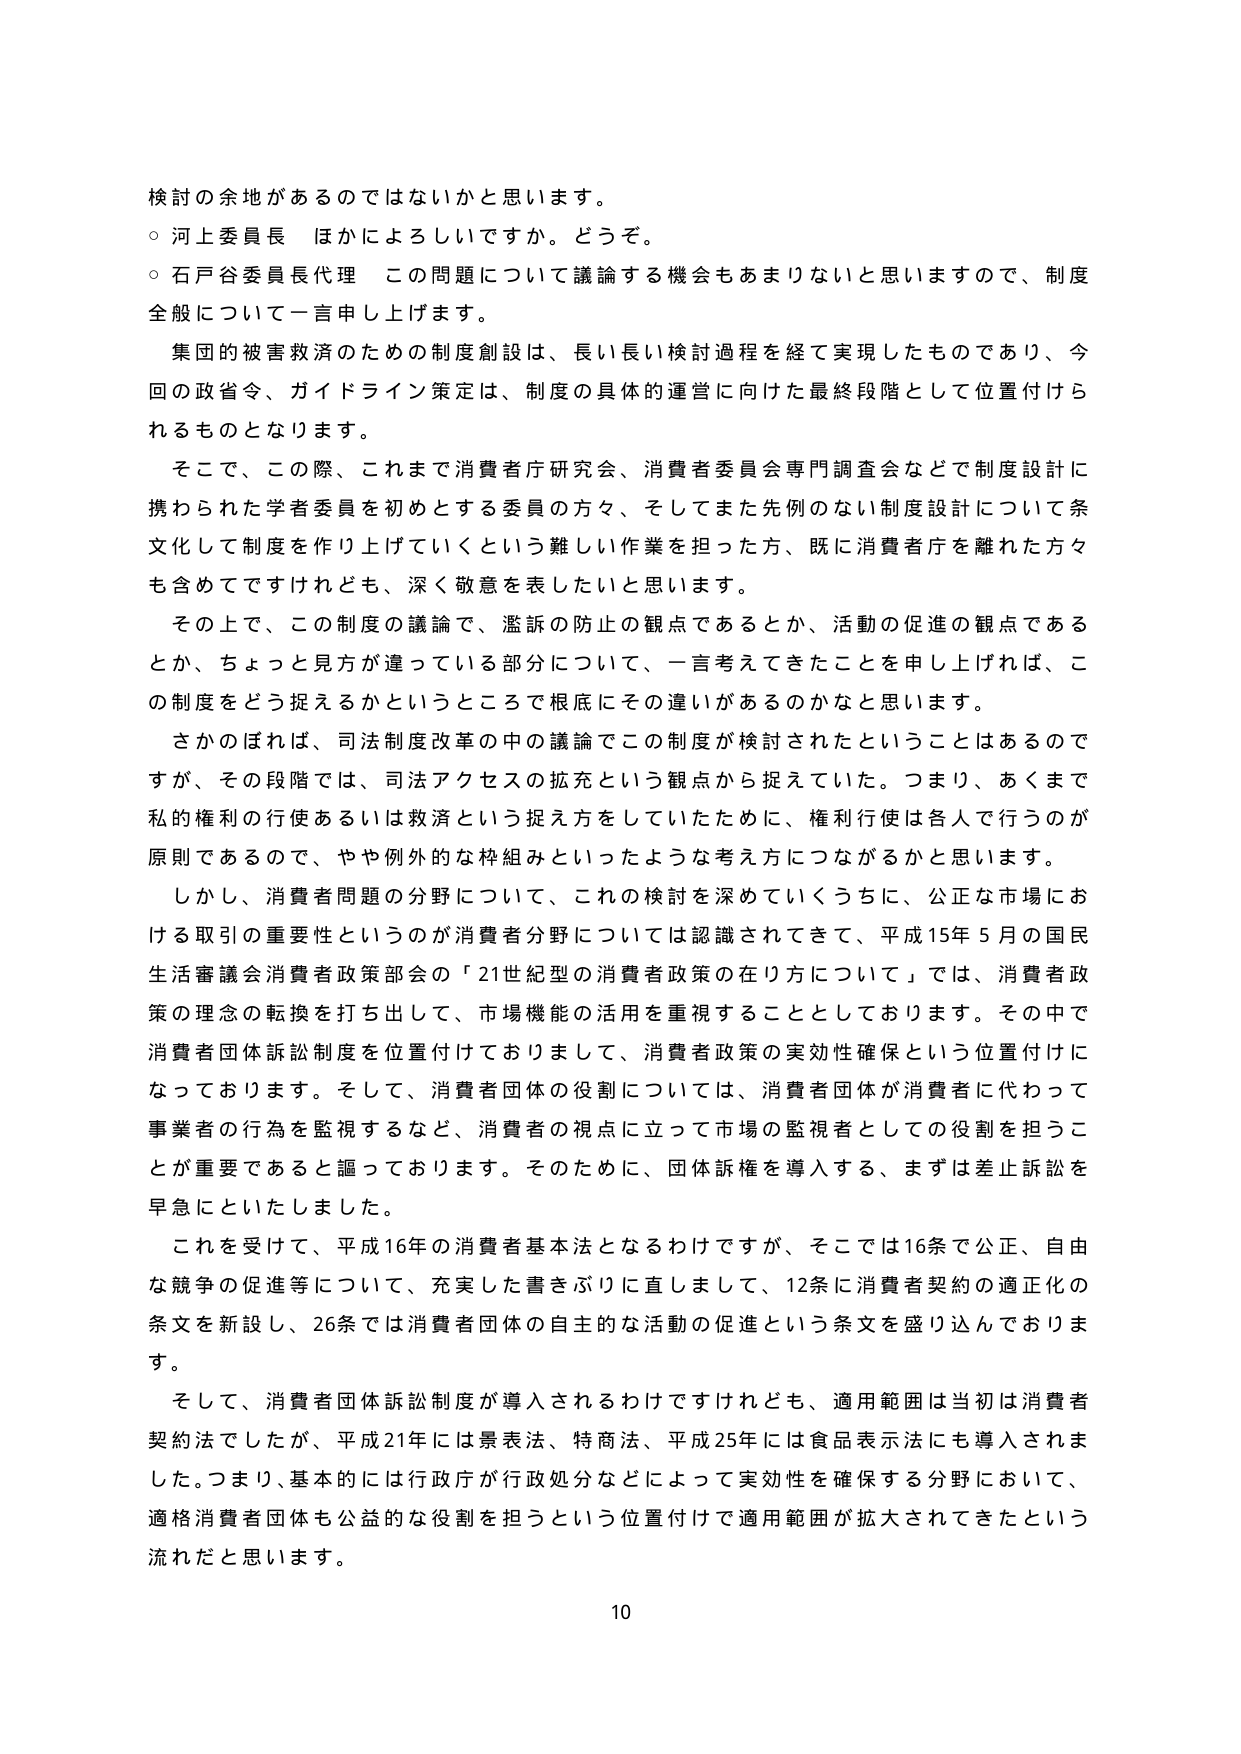
検討の余地があるのではないかと思います。
○ 河上委員長 ほかによろしいですか。どうぞ。
○ 石戸谷委員長代理 この問題について議論する機会もあまりないと思いますので、制度全般について一言申し上げます。
　集団的被害救済のための制度創設は、長い長い検討過程を経て実現したものであり、今回の政省令、ガイドライン策定は、制度の具体的運営に向けた最終段階として位置付けられるものとなります。
　そこで、この際、これまで消費者庁研究会、消費者委員会専門調査会などで制度設計に携わられた学者委員を初めとする委員の方々、そしてまた先例のない制度設計について条文化して制度を作り上げていくという難しい作業を担った方、既に消費者庁を離れた方々も含めてですけれども、深く敬意を表したいと思います。
　その上で、この制度の議論で、濫訴の防止の観点であるとか、活動の促進の観点であるとか、ちょっと見方が違っている部分について、一言考えてきたことを申し上げれば、この制度をどう捉えるかというところで根底にその違いがあるのかなと思います。
　さかのぼれば、司法制度改革の中の議論でこの制度が検討されたということはあるのですが、その段階では、司法アクセスの拡充という観点から捉えていた。つまり、あくまで私的権利の行使あるいは救済という捉え方をしていたために、権利行使は各人で行うのが原則であるので、やや例外的な枠組みといったような考え方につながるかと思います。
　しかし、消費者問題の分野について、この検討を深めていくうちに、公正な市場における取引の重要性というのが消費者分野については認識されてきて、平成15年5月の国民生活審議会消費者政策部会の「21世紀型の消費者政策の在り方について」では、消費者政策の理念の転換を打ち出して、市場機能の活用を重視することとしております。その中で消費者団体訴訟制度を位置付けておりまして、消費者政策の実効性確保という位置付けになっております。そして、消費者団体の役割については、消費者団体が消費者に代わって事業者の行為を監視するなど、消費者の視点に立って市場の監視者としての役割を担うことが重要であると謳っております。そのために、団体訴権を導入する、まずは差止訴訟を早急にといたしました。
　これを受けて、平成16年の消費者基本法となるわけですが、そこでは16条で公正、自由な競争の促進等について、充実した書きぶりに直しまして、12条に消費者契約の適正化の条文を新設し、26条では消費者団体の自主的な活動の促進という条文を盛り込んでおります。
　そして、消費者団体訴訟制度が導入されるわけですが、適用範囲は当初は消費者契約法でしたが、平成21年には景表法、特商法、平成25年には食品表示法にも導入されました。つまり、基本的には行政庁が行政処分などによって実効性を確保する分野において、適格消費者団体も公益的な役割を担うという位置付けで適用範囲が拡大されてきたという流れだと思います。
10